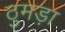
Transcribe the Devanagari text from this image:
ठुमड़ा